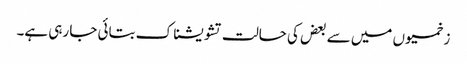
زخمیوں میں سے بعض کی حالت تشویشناک بتائی جا رہی ہے۔